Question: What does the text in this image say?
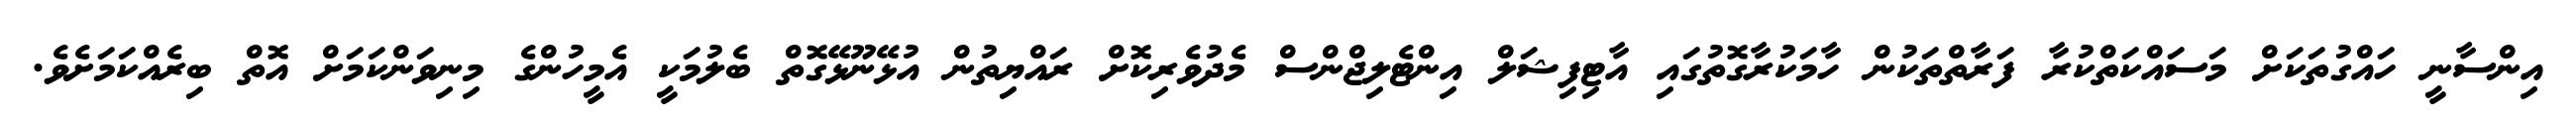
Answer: އިންސާނީ ހައްގުތަކަށް މަސައްކަތްކުރާ ފަރާތްތަކުން ހާމަކުރާގޮތުގައި އާޓިފިޝަލް އިންޓެލިޖްންސް މެދުވެރިކޮށް ރައްޔިތުން އުޅޭނޫޅޭގޮތް ބެލުމަކީ އެމީހުންގެ މިނިވަންކަމަށް އޮތް ބިރެއްކަމަށެވެ.